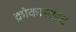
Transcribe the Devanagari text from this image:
क्रोकासाइट